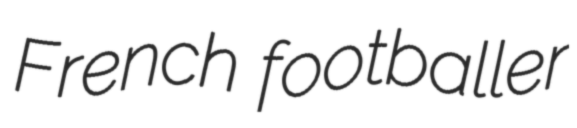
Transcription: French footballer